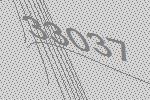
33037